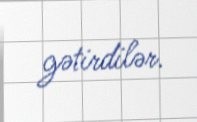
gətirdilər.